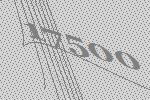
17500